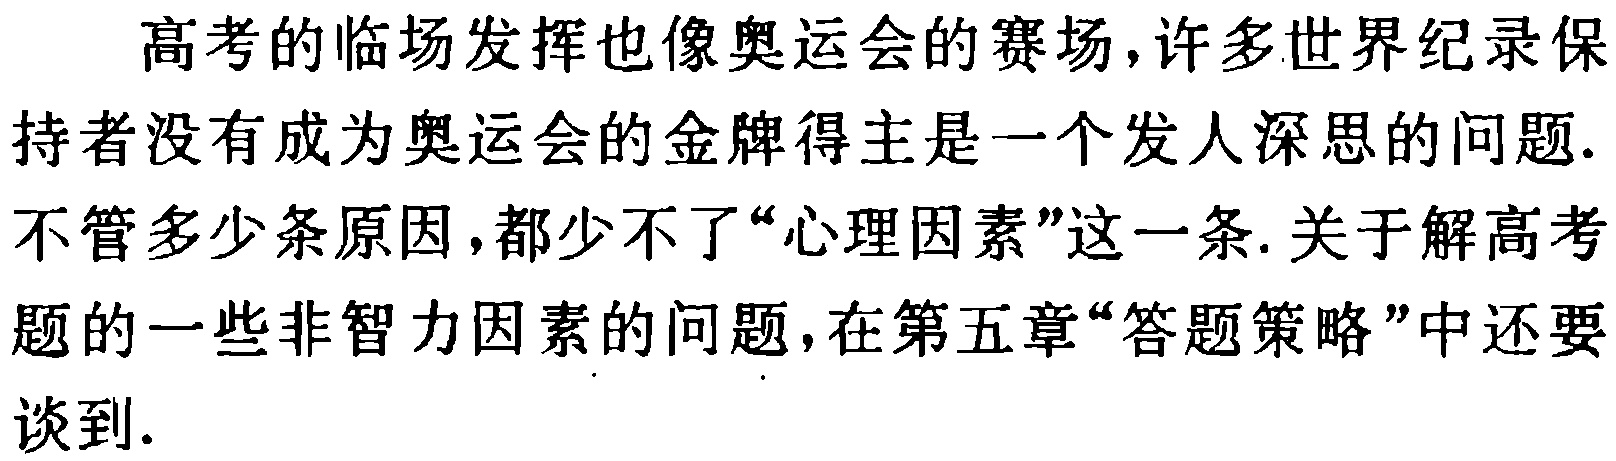
高考的临场发挥也像奥运会的赛场,许多世界纪录保持者没有成为奥运会的金牌得主是一个发人深思的问题.不管多少条原因,都少不了“心理因素”这一条.关于解高考题的一些非智力因素的问题,在第五章“答题策略”中还要谈到.